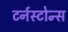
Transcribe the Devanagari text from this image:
टर्नस्टोन्स